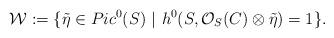
LaTeX: \begin{align*}\mathcal{W}:=\{\tilde{\eta} \in Pic^0(S)\ |\ h^0(S, \mathcal{O}_S(C)\otimes\tilde{\eta})=1\}.\end{align*}